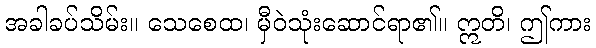
အခါခပ်သိမ်း။ သေစေထ၊ မှီဝဲသုံးဆောင်ရာ၏။ ဣတိ၊ ဤကား